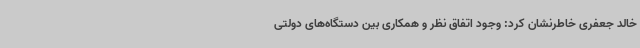
خالد جعفری خاطرنشان کرد: وجود اتفاق نظر و همکاری بین دستگاه‌های دولتی